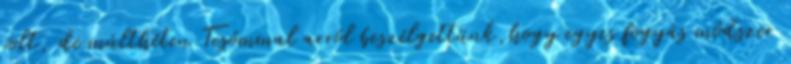
volt, de múlthéten Tesómmal arról beszélgettünk,hogy egyes fogyás módszer